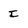
Character: I